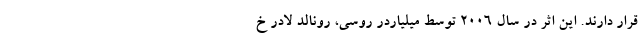
قرار دارند. این اثر در سال ۲۰۰۶ توسط میلیاردر روسی، رونالد لادر خ